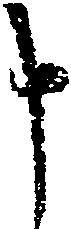
申